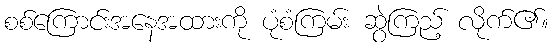
စစ်ကြောင်းအနေအထားကို ပုံစံကြမ်း ဆွဲကြည့် လိုက်၏။